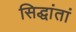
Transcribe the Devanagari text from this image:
सिद्धांतां